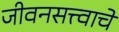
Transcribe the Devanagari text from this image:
जीवनसत्त्वाचे